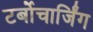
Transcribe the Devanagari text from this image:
टर्बोचार्जिंग